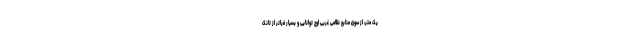
یک متر، از سوی منابع نظامی غربی اوج توانایی و بسیار فراتر از تانک